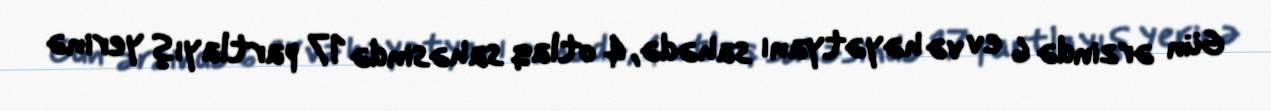
Gün ərzində 6 ev və həyətyanı sahədə, 4 otlaq sahəsində 17 partlayış yerinə